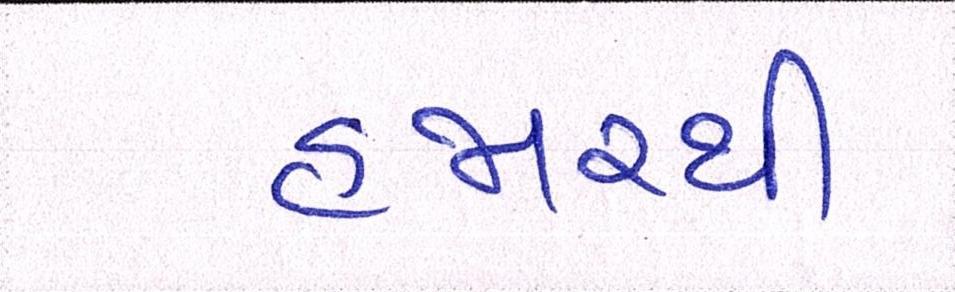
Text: હજારથી